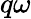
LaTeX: q\omega